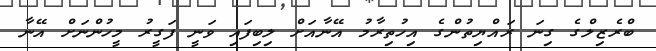
ބްރެޒިލްގެ ގިނަ ރައްޔިތުންގެ އިހުތިރާމު އޭނާއަށް ލިބިފައި ވަނީ ފަގީރު މީހުންނަށް އޭނާ